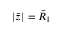
| \tilde { z } | = \tilde { R } _ { 1 }